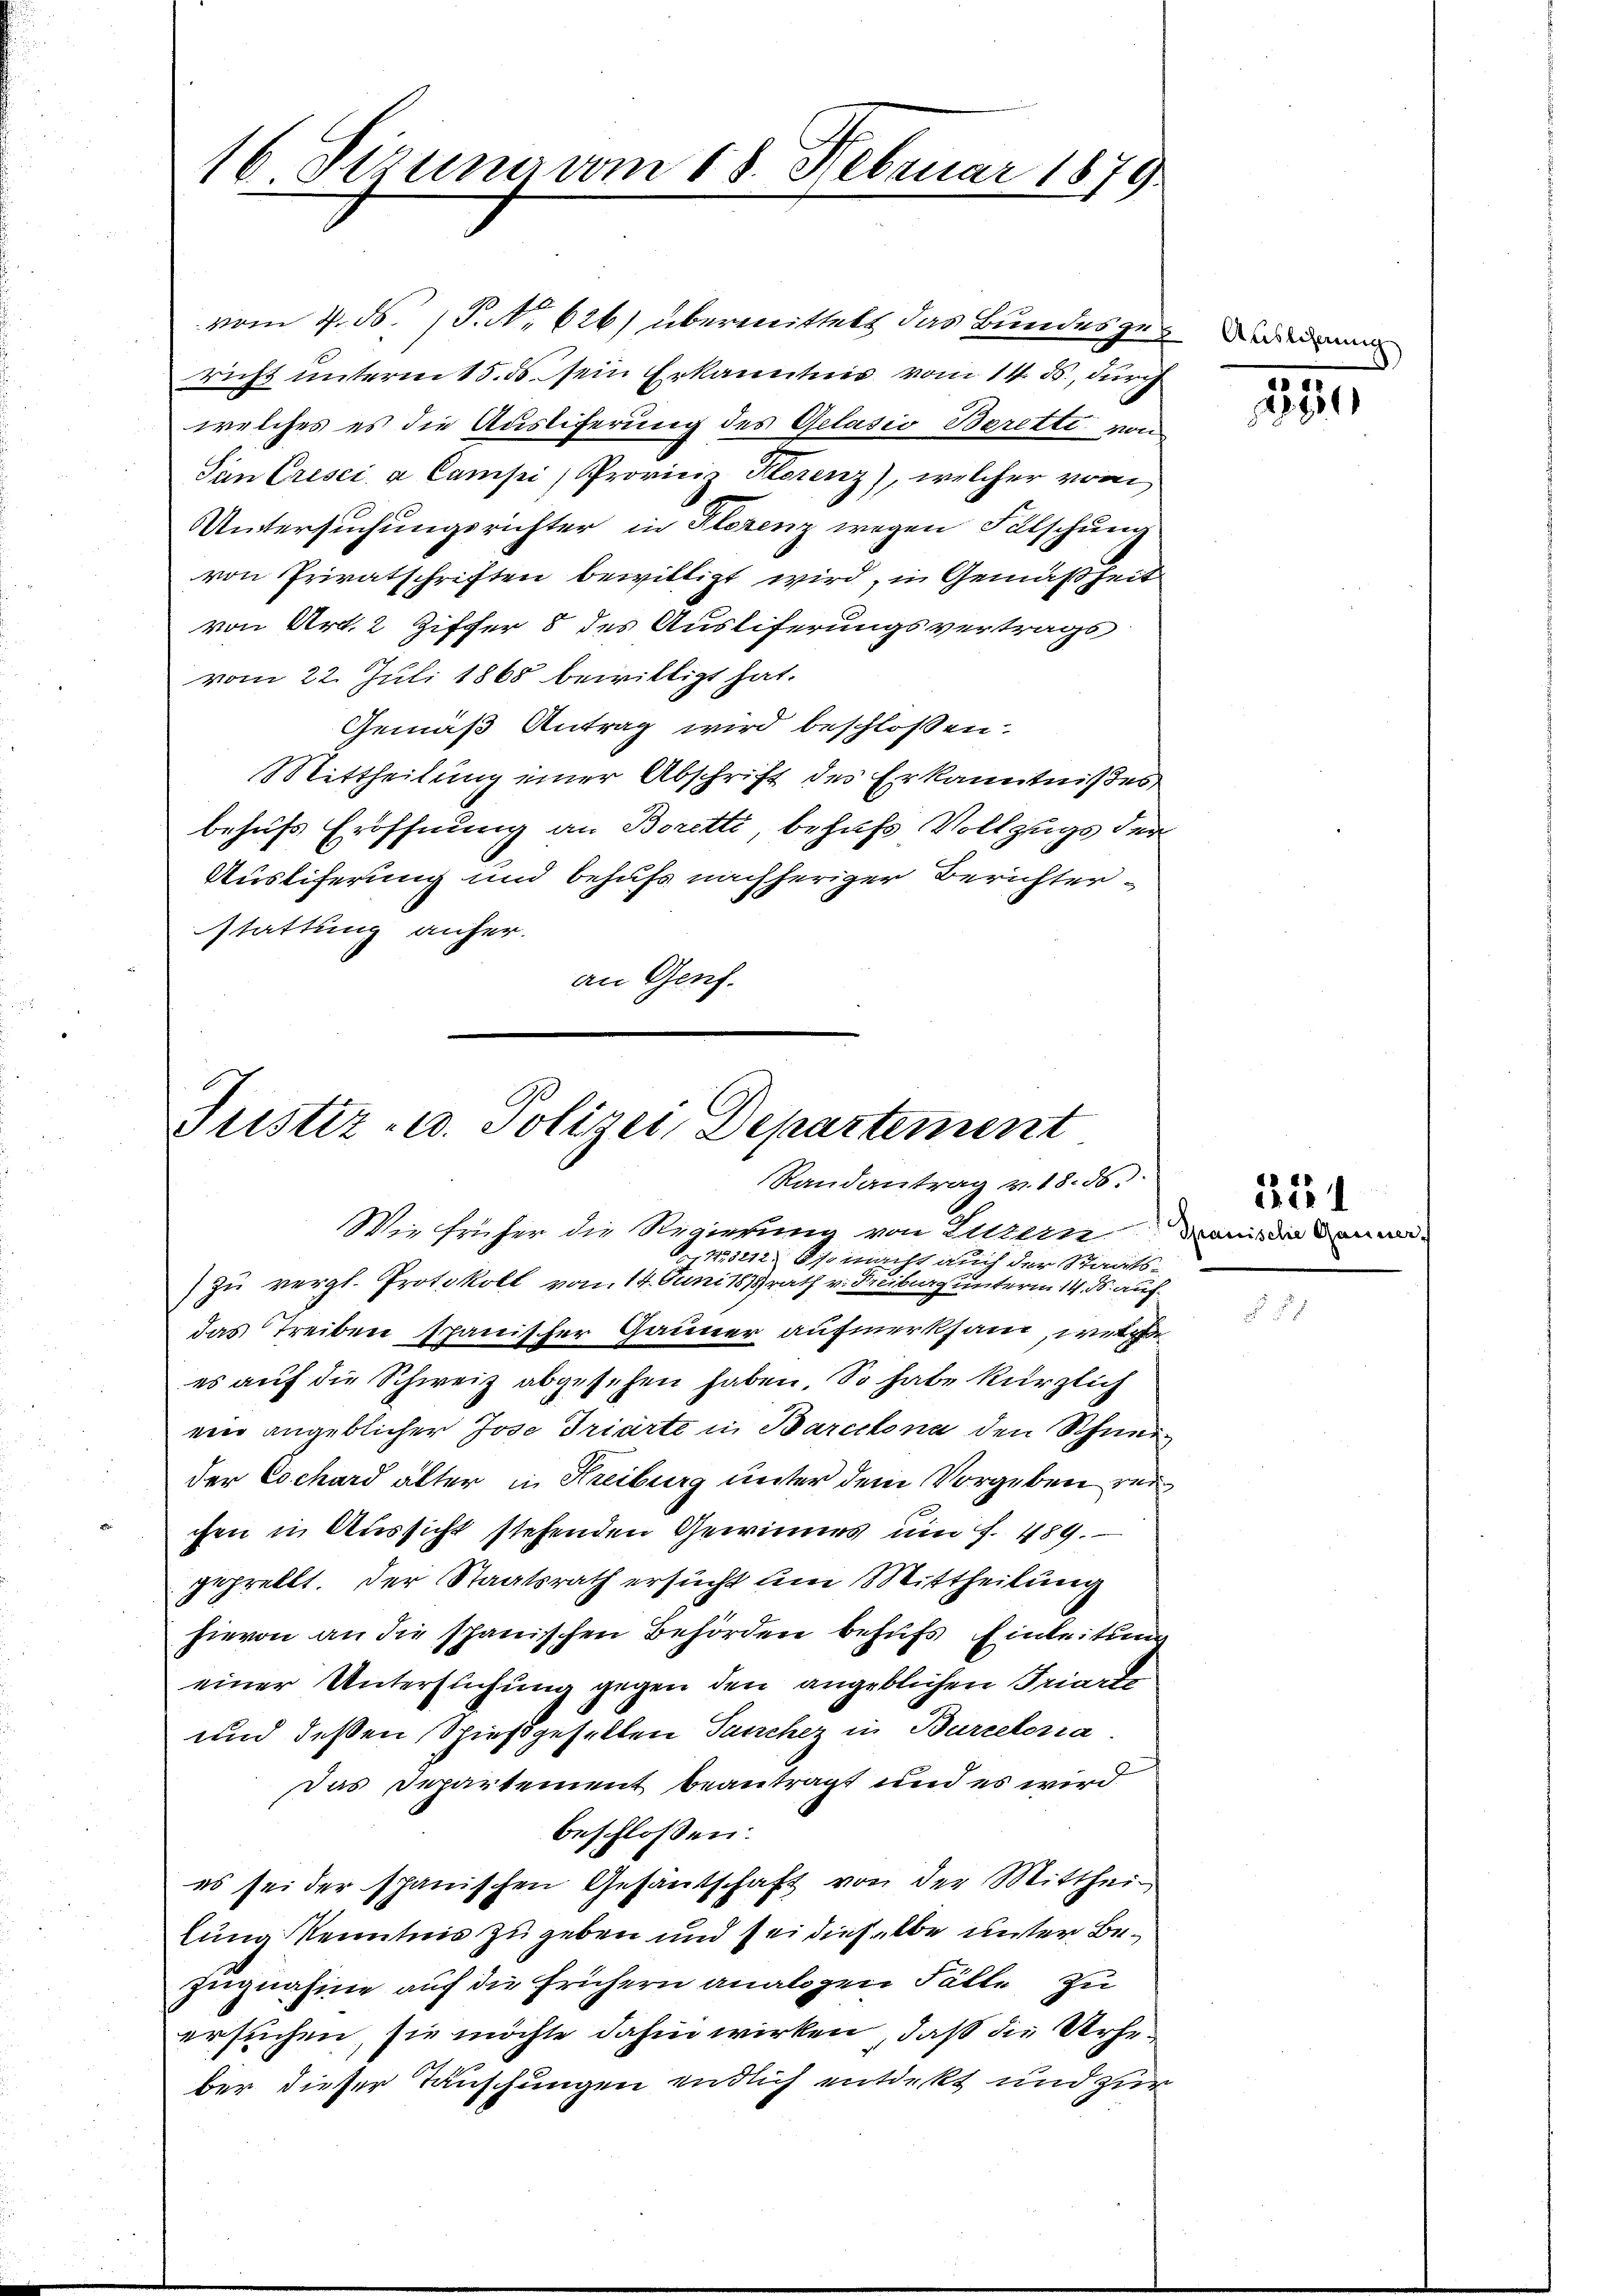
16 Sizung vom 18. Februar 1879

vom 4. ds. (T. No. 626) übermittels das Bundesgegen
richt unterm 15. ds. sein Erkanntnis vom 14. ds., durch
welches es die Auslieferung des Gelasio Berette von
Sin Cresci a Campi, Proviciz Herenz), welcher von
Untersuchungsrichter in Slezenz wegen Fälschung
von Privatschriften bewilligt wird, in Gemäßheit
von Art. 2 Ziffer 8 des Ausliferungsvertrags
vom 22. Juli 1868 bewilligt hat.
Gemäß Antrag wird beschlossen:
Mittheilung einer Abschrift des Erkanntnißes
behufs Eröffnung an Boretti, behufs Vollzugs der
Ausliferung und behufs nachheriger Berichterstattung anher.
an Genf.

Justiz- u. Polizei Departement
Randantrag v. 18. 56:
Wie früher die Regierung von Altern dann da dann

No 5212, so macht auch der Staatszu vergl. Protokoll vom 14. Juni 1878rath v. Freiburg unterm 14. d. auf
das Treiben spanischer Gauner aufmerksam, welche
es auf die Schweiz abgesehen haben. So habe kürzlich
ein angeblicher Jose Trierte in Barcelona den Schneeder Cochard alter in Kreiburg unter dem Vorgeben reichen in Aussicht stehenden Gewinnes um S. 489.
geprellt. Der Staatsrath ersucht um Mittheilung
hievon an die spanischen Behörden behufs Einleitung
einer Untersuchung gegen den angeblichen Triarte
und deßen Spießgeselten Tanchez in Burcelena
Das Departement beantragt und es wird
beschlossen:
es sei der spanischen Gesantschaft von der Mitthei-
lung Kenntnis zu geben und sei dieselbe unter Bezugnafine auf die frühern analogen Fälle zu
ersuchen, sie möchte dahin wirken, daß die Urheber dieser Täuschungen endlich entdeckt und zur

350

221